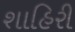
શાહિરી